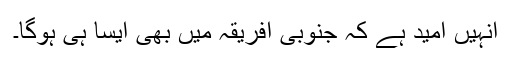
انہیں امید ہے کہ جنوبی افریقہ میں بھی ایسا ہی ہوگا۔